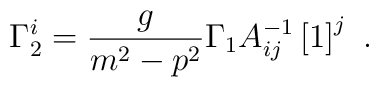
\Gamma_{2}^i=\frac{g}{m^2-p^2}\Gamma_{1} A_{ij}^{-1}\left[1\right]^j\ .